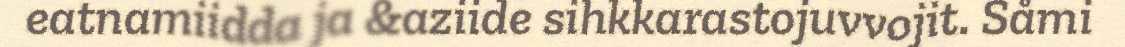
eatnamiidda ja &aziide sihkkarastojuvvojit. Såmi